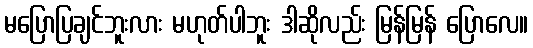
မပြောပြချင်ဘူးလား မဟုတ်ပါဘူး ဒါဆိုလည်း မြန်မြန် ပြောလေ။